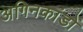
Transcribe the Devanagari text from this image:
अगिनकांडों